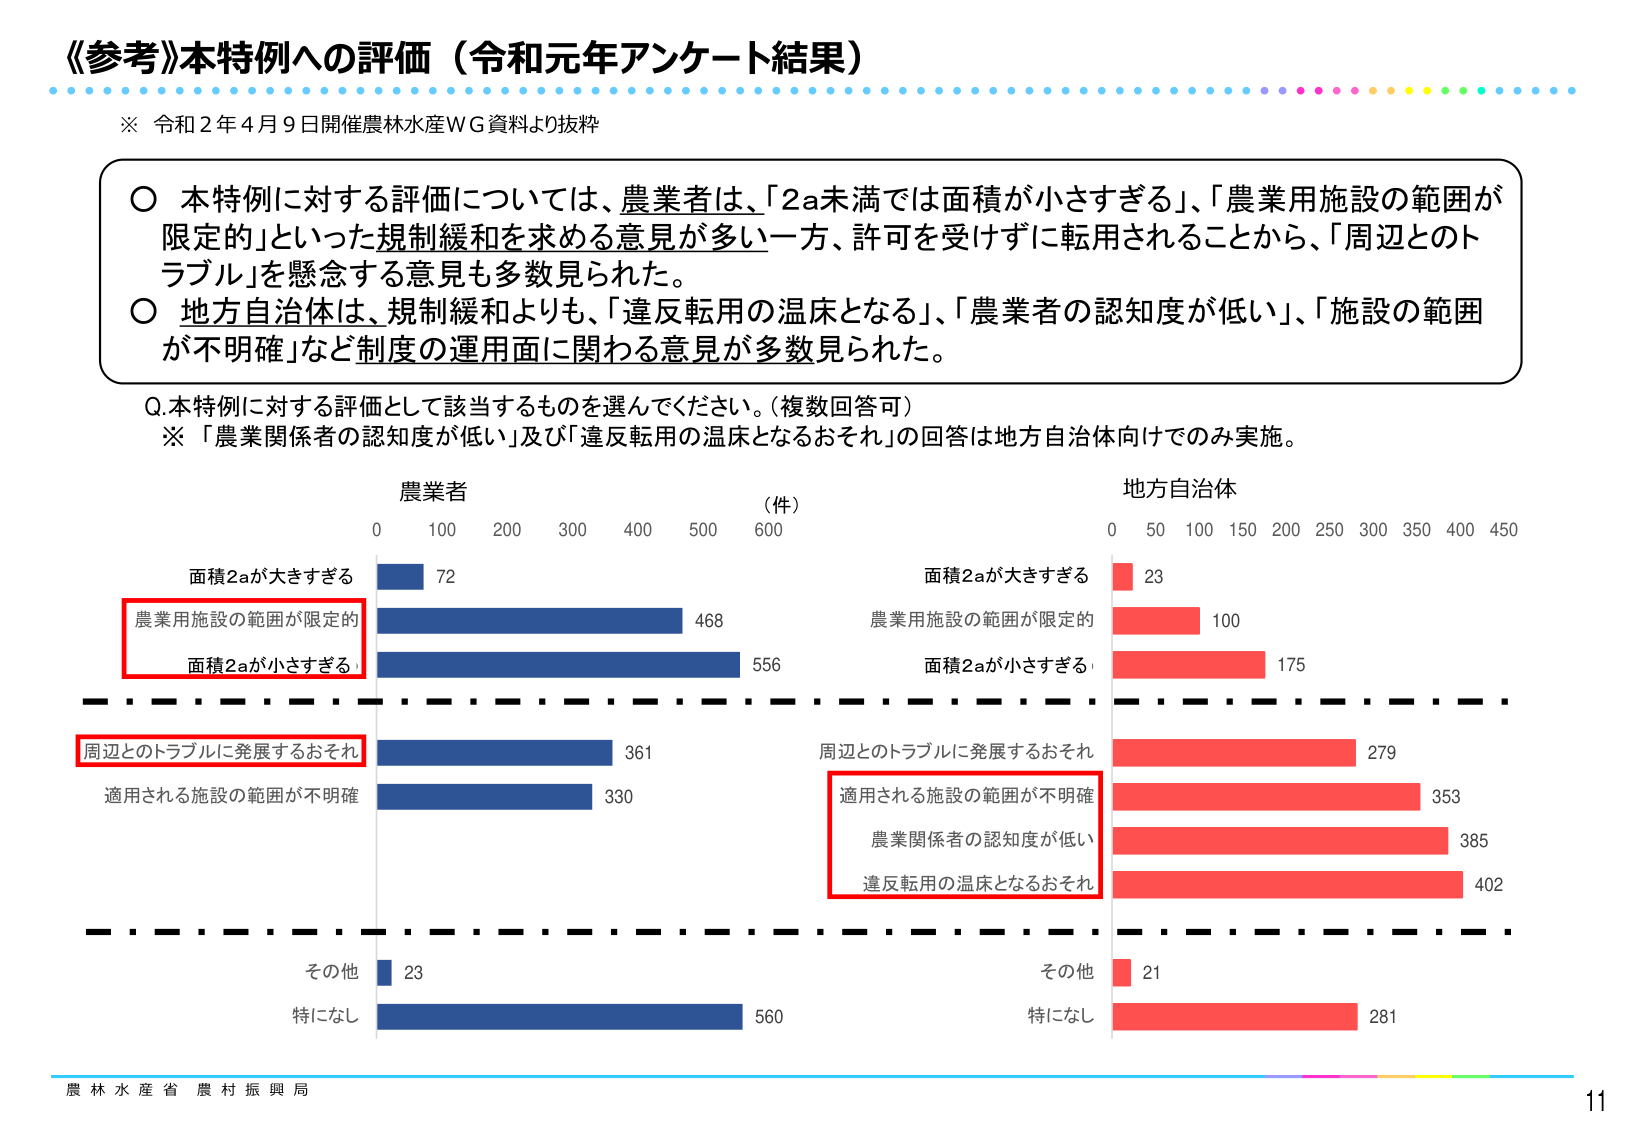
《参考》本特例への評価（令和元年アンケート結果）

※ 令和2年4月9日開催農林水産WG資料より抜粋

○ 本特例に対する評価については、農業者は、「2a未満では面積が小さすぎる」、「農業用施設の範囲が限定的」といった規制緩和を求める意見が多い一方、許可を受けずに転用されることから、「周辺とのトラブル」を懸念する意見も多数見られた。
○ 地方自治体は、規制緩和よりも、「違反転用の温床となる」、「農業者の認知度が低い」、「施設の範囲が不明確」など制度の運用面に関わる意見が多数見られた。

Q.本特例に対する評価として該当するものを選んでください。（複数回答可）
※ 「農業関係者の認知度が低い」及び「違反転用の温床となるおそれ」の回答は地方自治体向けでのみ実施。

農業者
（件）
0 100 200 300 400 500 600
面積2aが大きすぎる 72
農業用施設の範囲が限定的 468
面積2aが小さすぎる 556
周辺とのトラブルに発展するおそれ 361
適用される施設の範囲が不明確 330
その他 23
特になし 560

地方自治体
0 50 100 150 200 250 300 350 400 450
面積2aが大きすぎる 23
農業用施設の範囲が限定的 100
面積2aが小さすぎる 175
周辺とのトラブルに発展するおそれ 279
適用される施設の範囲が不明確 353
農業関係者の認知度が低い 385
違反転用の温床となるおそれ 402
その他 21
特になし 281

農林水産省 農村振興局
11